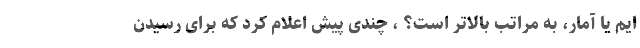
ایم یا آمار، به مراتب بالاتر است؟ ، چندی پیش اعلام کرد که برای رسیدن